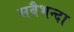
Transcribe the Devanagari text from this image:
सबैभन्दा